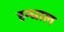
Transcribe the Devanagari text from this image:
हन्धाल